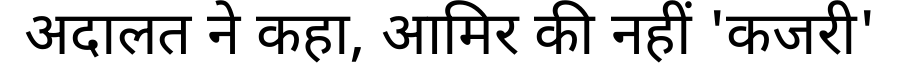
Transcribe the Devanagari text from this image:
अदालत ने कहा, आमिर की नहीं 'कजरी'